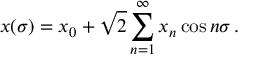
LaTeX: x ( \sigma ) = x _ { 0 } + \sqrt { 2 } \sum _ { n = 1 } ^ { \infty } x _ { n } \cos n \sigma \, .